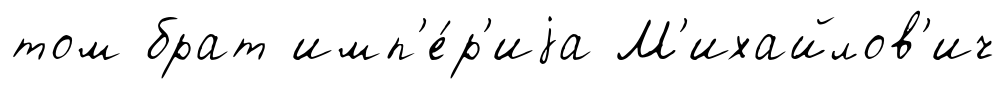
том брат имп'е́р'иjа М'ихайлов'ич